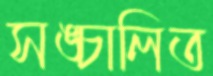
সঙ্চালিত